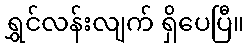
ရွှင်လန်းလျက် ရှိပေပြီ။